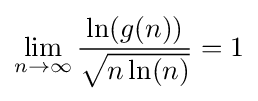
\lim _{n\to \infty }{\frac {\ln(g(n))}{\sqrt {n\ln(n)}}}=1